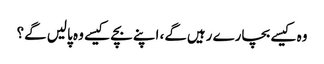
وہ کیسے بچارے رہیں‌گے، اپنے بچے کیسے وہ پالیں‌ گے؟